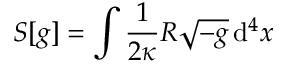
S [ g ] = \int { \frac { 1 } { 2 \kappa } } R { \sqrt { - g } } \, \mathrm { d } ^ { 4 } x